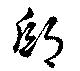
邸